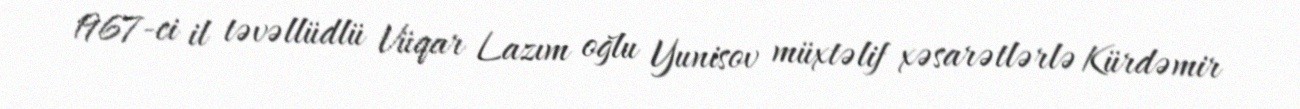
1967-ci il təvəllüdlü Vüqar Lazım oğlu Yunisov müxtəlif xəsarətlərlə Kürdəmir